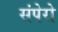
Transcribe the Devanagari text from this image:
संपेरो